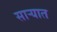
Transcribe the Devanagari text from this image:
साऱ्यात